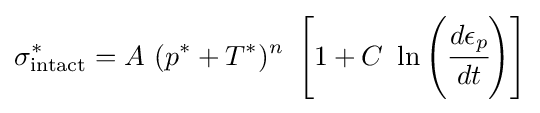
\sigma _{\rm {intact}}^{*}=A~(p^{*}+T^{*})^{n}~\left[1+C~\ln \left({\cfrac {d\epsilon _{p}}{dt}}\right)\right]